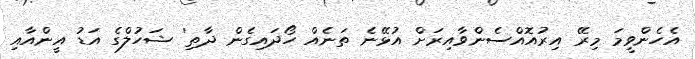
އެހެންވީމަ މިރޭ އިރުއޮއްސެންވާއިރަށް އުޅޭނެ ތަނެއް ހޯދައިގެން ދާތި' ޝަހުލްގެ އަޑު އީންއާއި